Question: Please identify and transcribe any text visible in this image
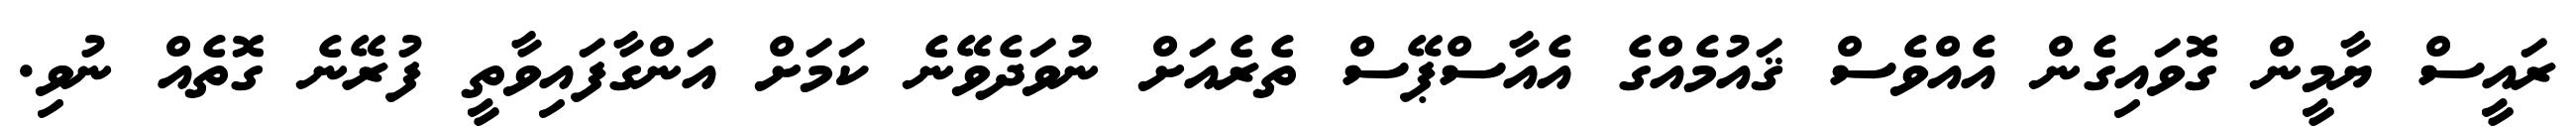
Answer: ރައީސް ޔާމީން ގޮވައިގެން އެއްވެސް ޤައުމެއްގެ އެއާސްޕޭސް ތެރެއަށް ނުވަދެވޭނެ ކަމަށް އަންގާފައިވާތީ ފުރޭނެ ގޮތެއް ނުވި.